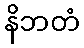
နိဘတံ